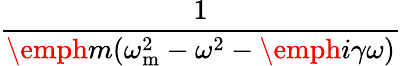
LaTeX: \frac{1}{\emph{m}(\omega_{\mathrm{{m}}}^{2}-\omega^{2}-\emph{i}\gamma\omega)}